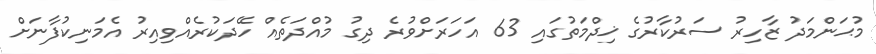
މުޙަންމަދު ޒާހިރު ސަރުކާރުގެ ޚިދްމަތުގައި 63 އަހަރަށްވުރެ ދިގު މުއްދަތެއް ހޭދަކުރެއްވިއިރު އެމަނިކުފާނަށް